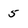
Character: 5